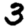
Digit: 3